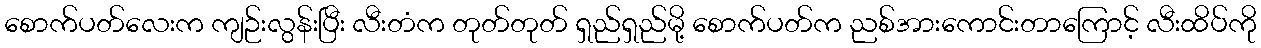
စောက်ပတ်လေးက ကျဉ်းလွန်းပြီး လီးတံက တုတ်တုတ် ရှည်ရှည်မို့ စောက်ပတ်က ညစ်အားကောင်းတာကြောင့် လီးထိပ်ကို